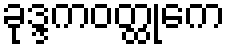
ခုဒ္ဒကဝတ္ထုကေ